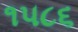
૧૫૮૬